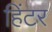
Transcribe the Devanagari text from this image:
हिंटर